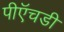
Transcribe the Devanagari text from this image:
पीऍचडी